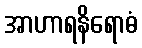
အာဟာရနိရောဓံ